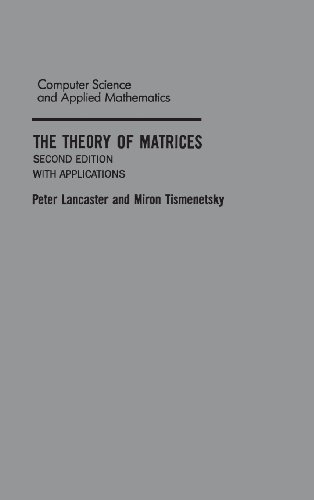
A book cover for The Theory of Matrices, Second Edition: With Applications (Computer Science and Scientific Computing); Peter Lancaster; Science & Math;